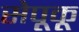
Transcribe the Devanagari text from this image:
सेपूकू